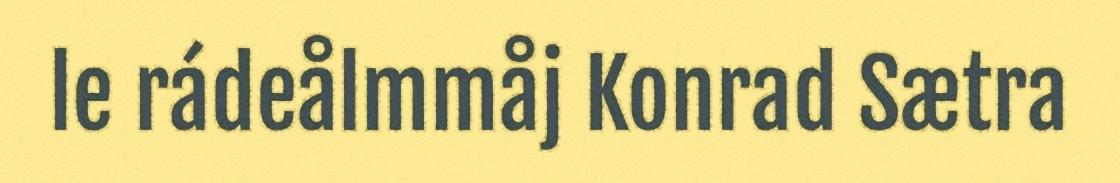
le rádeålmmåj Konrad Sætra